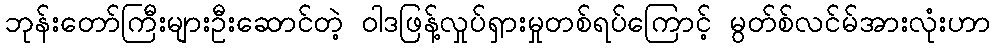
ဘုန်းတော်ကြီးများဦးဆောင်တဲ့ ဝါဒဖြန့်လှုပ်ရှားမှုတစ်ရပ်ကြောင့် မွတ်စ်လင်မ်အားလုံးဟာ